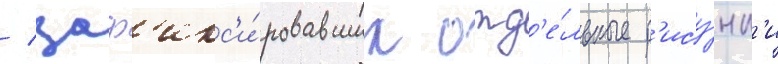
/ заф'икс'и́ровавших отд'е́льные р'ису́нк'и